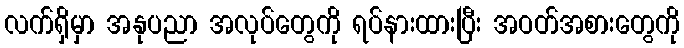
လက်ရှိမှာ အနုပညာ အလုပ်တွေကို ရပ်နားထားပြီး အဝတ်အစားတွေကို